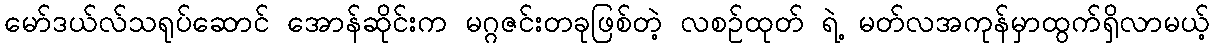
မော်ဒယ်လ်သရုပ်ဆောင် အောန်ဆိုင်းက မဂ္ဂဇင်းတခုဖြစ်တဲ့ လစဉ်ထုတ် ရဲ့ မတ်လအကုန်မှာထွက်ရှိလာမယ့်